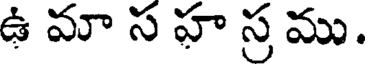
ఉ మా స హ స్ర ము.